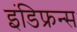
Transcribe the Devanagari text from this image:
इंडिफ्रन्स